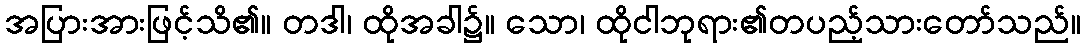
အပြားအားဖြင့်သိ၏။ တဒါ၊ ထိုအခါ၌။ သော၊ ထိုငါဘုရား၏တပည့်သားတော်သည်။